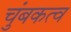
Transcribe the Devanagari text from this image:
चुंबकत्‍व